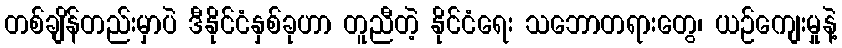
တစ်ချိန်တည်းမှာပဲ ဒီနိုင်ငံနှစ်ခုဟာ တူညီတဲ့ နိုင်ငံရေး သဘောတရားတွေ၊ ယဉ်ကျေးမှုနဲ့